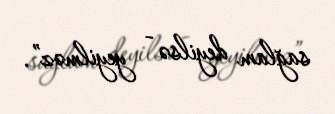
sağlam deyilsə - yeyilməz”.